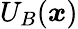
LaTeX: U_{B}({\boldsymbol{x}})